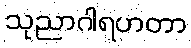
သုညာဂါရဟတာ